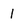
Character: l